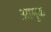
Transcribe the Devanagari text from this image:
आमुक